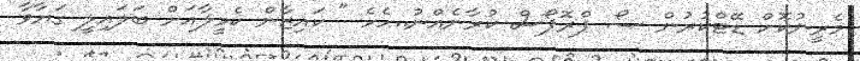
މެރީނުކޮށް ޑޭޓްކުރުން ސޯ ޕްރޮޕޯސް ކުރާނެއްނު..ހެހެ " ކައިޒާން ކެމީލާއަށް ބަލައިލީ ގަޔާވާ